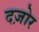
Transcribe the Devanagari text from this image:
दज़ोर